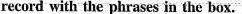
record with the phrases in the box.